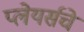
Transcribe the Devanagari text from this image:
प्लेयर्सचे